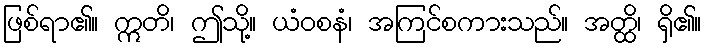
ဖြစ်ရာ၏။ ဣတိ၊ ဤသို့။ ယံဝစနံ၊ အကြင်စကားသည်။ အတ္ထိ၊ ရှိ၏။